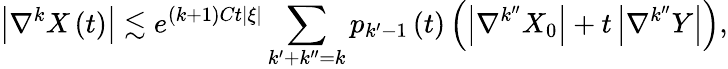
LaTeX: \left\vert\nabla^{k}X\left(t\right)\right\vert\lesssim e^{\left(k+1\right)Ct\left\vert\xi\right\vert}\sum_{k^{\prime}+k^{\prime\prime}=k}p_{k^{\prime}-1}\left(t\right)\left(\left\vert\nabla^{k^{\prime\prime}}X_{0}\right\vert+t\left\vert\nabla^{k^{\prime\prime}}Y\right\vert\right),